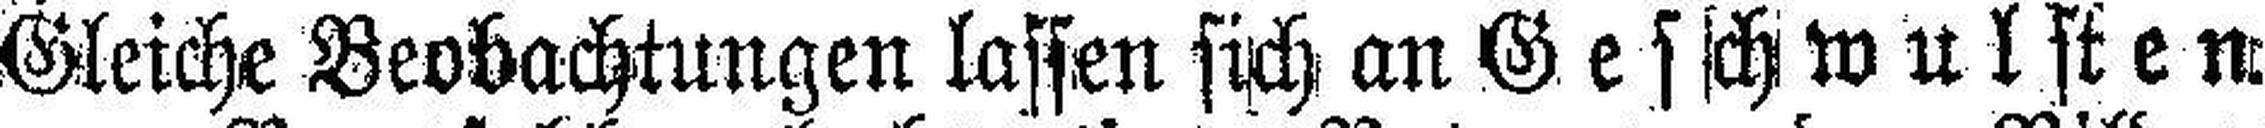
Gleiche Beobachtungen lassen sich an Geschwulsten